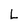
Character: L